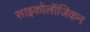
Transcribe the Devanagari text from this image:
साइकोलॉजिकन